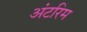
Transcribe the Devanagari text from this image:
अंटरिम